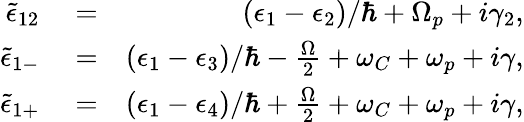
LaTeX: \begin{array}{rlr}{\tilde{\epsilon}_{12}}&{{}=}&{(\epsilon_{1}-\epsilon_{2})/\hbar+\Omega_{p}+i\gamma_{2},}\\ {\tilde{\epsilon}_{1-}}&{{}=}&{(\epsilon_{1}-\epsilon_{3})/\hbar-\frac{\Omega}{2}+\omega_{C}+\omega_{p}+i\gamma,}\\ {\tilde{\epsilon}_{1+}}&{{}=}&{(\epsilon_{1}-\epsilon_{4})/\hbar+\frac{\Omega}{2}+\omega_{C}+\omega_{p}+i\gamma,}\end{array}